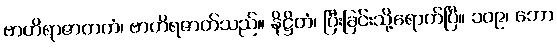
ဗာဟိရာဇာတကံ၊ ဗာဟိရဇာတ်သည်။ နိဋ္ဌိတံ၊ ပြီးခြင်းသို့ရောက်ပြီ။ ၁၀၉၊ ဘော